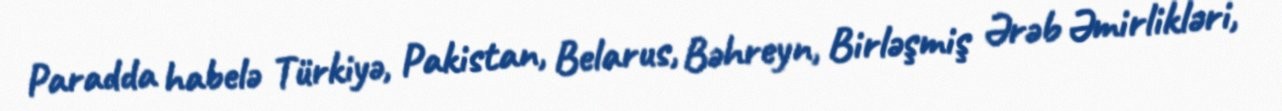
Paradda habelə Türkiyə, Pakistan, Belarus, Bəhreyn, Birləşmiş Ərəb Əmirlikləri,